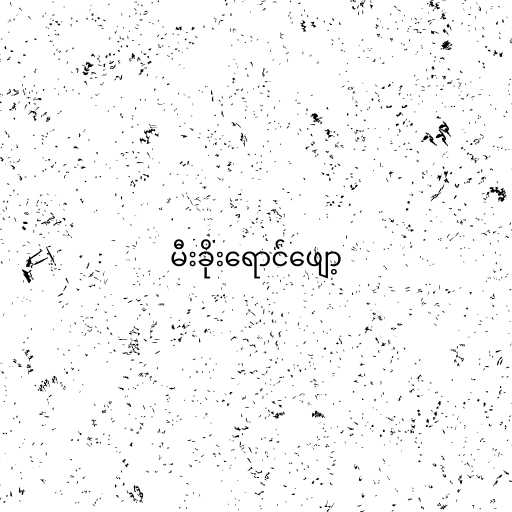
မီးခိုးရောင်ဖျော့